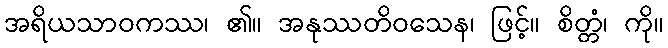
အရိယသာဝကဿ၊ ၏။ အနုဿတိဝသေန၊ ဖြင့်။ စိတ္တံ၊ ကို။